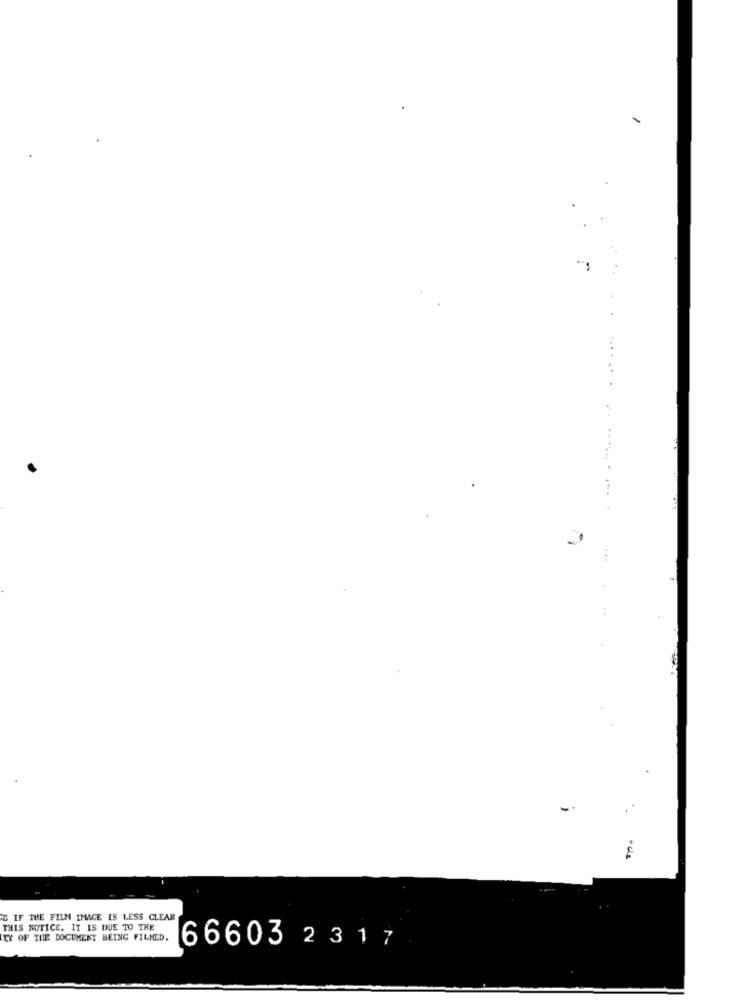
E IF THE FILM IMAGE IS LESS CLEAR
THIS NOTICE. IT IS DUE TO THE
TY OF THE DOCUMENT BEING FILNED.
66603 2 317